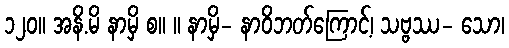
၁၂၀။ အနိ.မိ နာမှိ စ။ ။ နာမှိ- နာဝိဘတ်ကြောင့်၊ သဗ္ဗဿ- သော၊